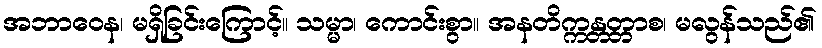
အဘာဝေန၊ မရှိခြင်းကြောင့်။ သမ္မာ၊ ကောင်းစွာ။ အနတိက္ကန္တတ္တာစ၊ မလွန်သည်၏